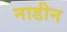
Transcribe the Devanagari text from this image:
नाडीन